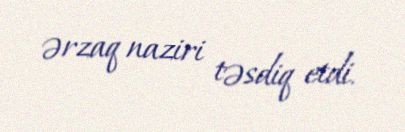
ərzaq naziri təsdiq etdi.